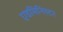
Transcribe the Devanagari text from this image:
एडमिनिस्टर